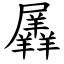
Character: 羼